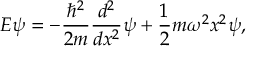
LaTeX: E \psi = - { \frac { \hbar ^ { 2 } } { 2 m } } { \frac { d ^ { 2 } } { d x ^ { 2 } } } \psi + { \frac { 1 } { 2 } } m \omega ^ { 2 } x ^ { 2 } \psi ,